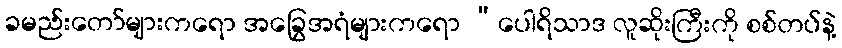
ခမည်းတော်များကရော အခြွေအရံများကရော “ပေါရိသာဒ လူဆိုးကြီးကို စစ်တပ်နဲ့